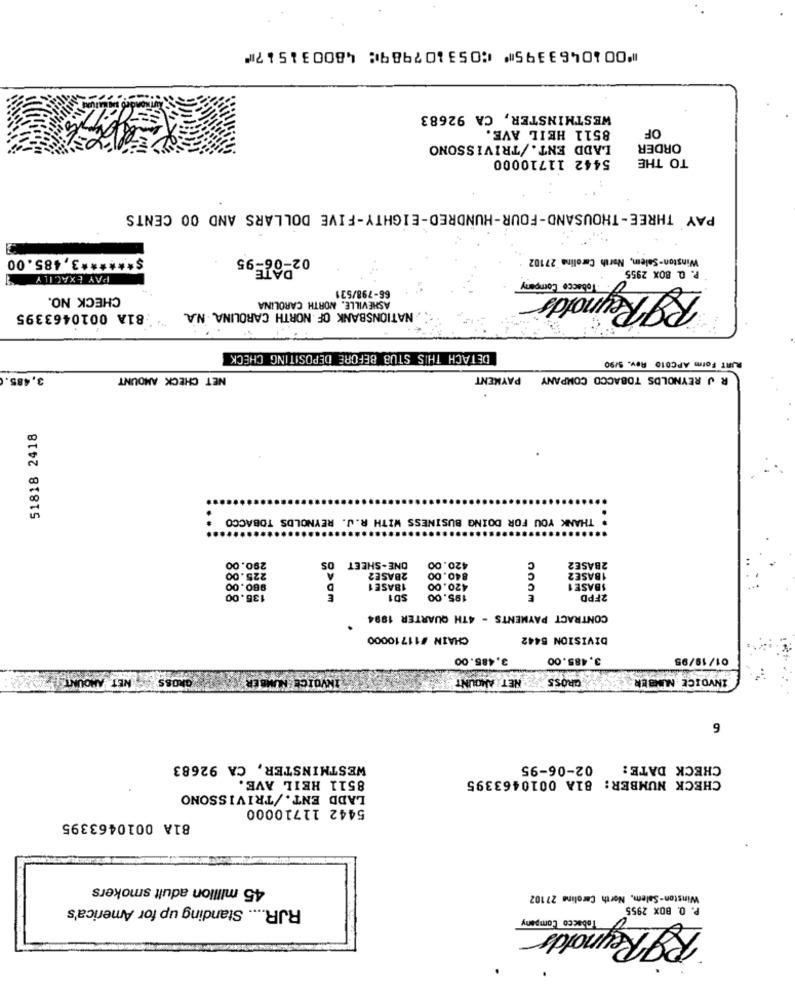
⑈0010463395⑈ ⑆053107989⑆ 480031517⑈
WESTMINSTER, CA 92683
8511 HEIL AVE.
OF
LADD ENT./TRIVISSONO
ORDER
5442 11710000
TO THE
PAY THREE-THOUSAND-FOUR-HUNDRED-EIGHTY-FIVE DOLLARS AND 00 CENTS
$ ****** 3,485.00
02-06-95
Winston-Salem, North Carolina 27102
P. O. BOX 2955
PAY EXACILY
Tobacco Company
66-798/531
RJ Reynold
CHECK NO.
ASHEVILLE, NORTH CAROLINA
NATIONSBANK OF NORTH CAROLINA N.A.
81A 0010463395
DETACH THIS STUB BEFORE DEPOSITING CHECK
RINT Form APC010 Rev. 5/90
3,485.
NET CHECK AMOUNT
R J REYNOLDS TOBACCO COMPANY PAYMENT
51818 2418
. THANK YOU FOR DOING BUSINESS WITH R. J. REYNOLDS TOBACCO
225.00
290.00
OS
ONE-SHEET
420.00
840.00
2BASE2
A
2BASE2
1BASE2
980.00
18ASE 1
420.00
SBASE 1
135.00
E
SD1
195.00
E
2FPD
CONTRACT PAYMENTS - 4TH QUARTER 1994
CHAIN #11710000
DIVISION 5442
3.485.00
3.485.00
01/19/95
NET
GROSS
BER
INVOICE EN
NET AMOUNT
CROSS
INVOICE NUMBER
6
WESTMINSTER, CA 92683
02-06-95
CHECK DATE:
8511 HEIL AVE.
CHECK NUMBER: 81A 0010463395
LADD ENT./TRIVISSONO
5442 11710000
81A 0010463395
45 million adult smokers
Winston-Salem, North Carolina 27102
RJR .... Standing up for America's
P. O. BOX 2955
Tobacco Company
Rg Reynolds